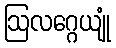
ဩလဂ္ဂေယျုံ